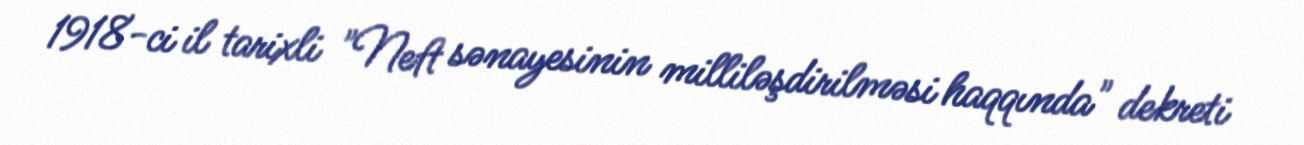
1918-ci il tarixli "Neft sənayesinin milliləşdirilməsi haqqında" dekreti